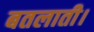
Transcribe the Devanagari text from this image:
बतलाती।